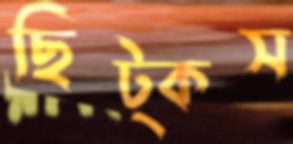
ছিট্‌কস